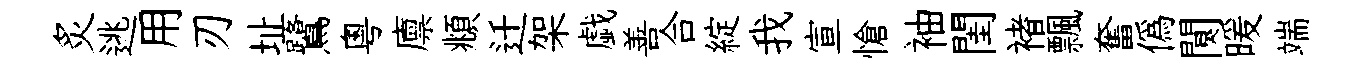
炙逃用刃址鷺粤廪頫迁架戯善合綻我宣愴袖閨褚飄奮僞闃暖端